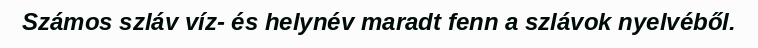
Számos szláv víz- és helynév maradt fenn a szlávok nyelvéből.